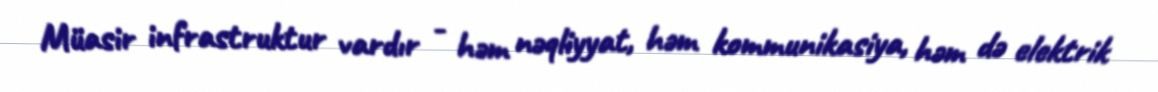
Müasir infrastruktur vardır - həm nəqliyyat, həm kommunikasiya, həm də elektrik